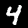
Digit: 4